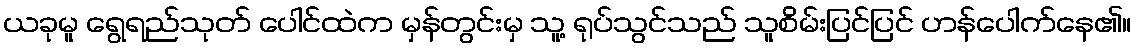
ယခုမူ ရွေရည်သုတ် ပေါင်ထဲက မှန်တွင်းမှ သူ့ ရုပ်သွင်သည် သူစိမ်းပြင်ပြင် ဟန်ပေါက်နေ၏။